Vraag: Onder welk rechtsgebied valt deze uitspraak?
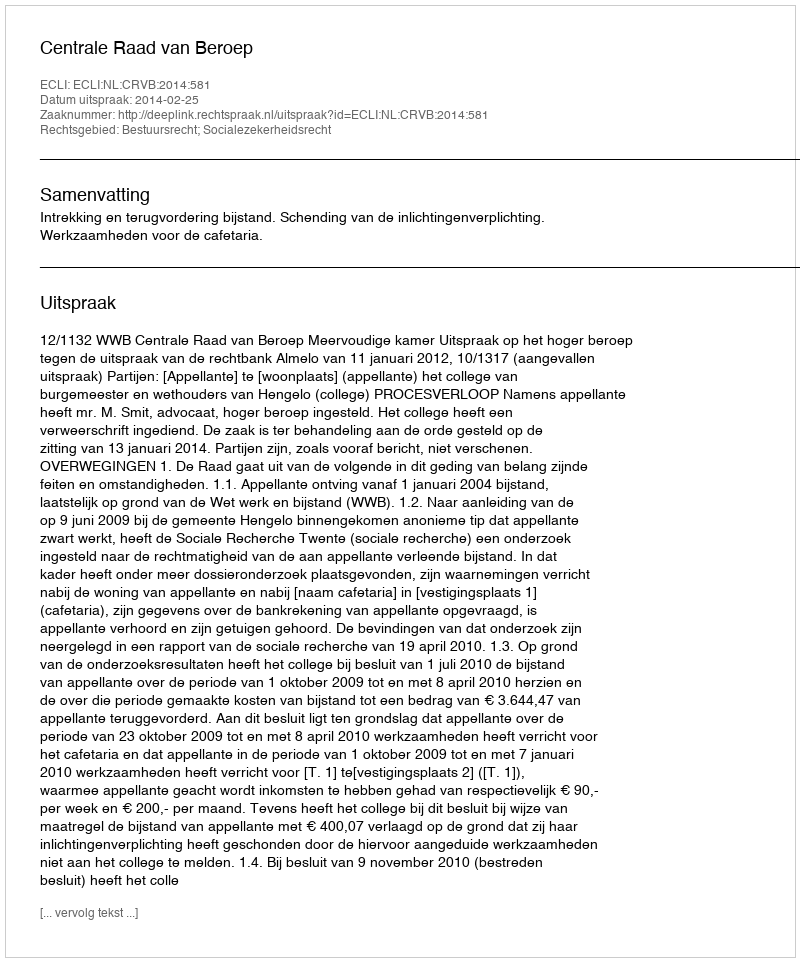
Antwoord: Bestuursrecht; Socialezekerheidsrecht